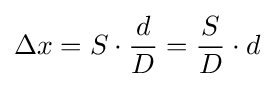
\Delta x=S\cdot {\frac {d}{D}}={\frac {S}{D}}\cdot d